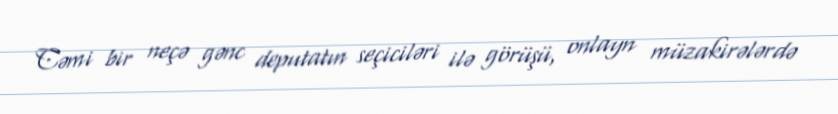
Cəmi bir neçə gənc deputatın seçiciləri ilə görüşü, onlayn müzakirələrdə